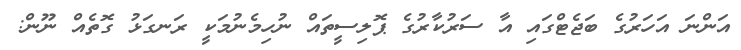
އަންނަ އަހަރުގެ ބަޖެޓްގައި އާ ސަރުކާރުގެ ޕޮލިސީތައް ނުހިމެނުމަކީ ރަނގަޅު ގޮތެއް ނޫން: